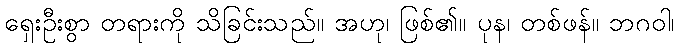
ရှေးဦးစွာ တရားကို သိခြင်းသည်။ အဟု၊ ဖြစ်၏။ ပုန၊ တစ်ဖန်။ ဘဂဝါ၊